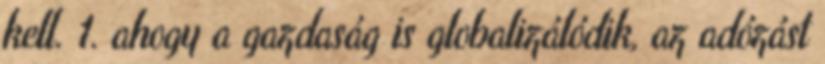
kell. 1. ahogy a gazdaság is globalizálódik, az adózást